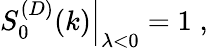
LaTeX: \left.S_{0}^{(D)}(k)\right|_{\lambda<0}=1\; ,